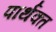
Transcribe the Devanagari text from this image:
पार्थक्त